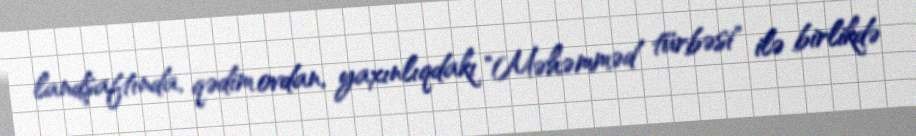
landşaftında, qədim ovdan, yaxınlıqdakı "Məhəmməd türbəsi" ilə birlikdə